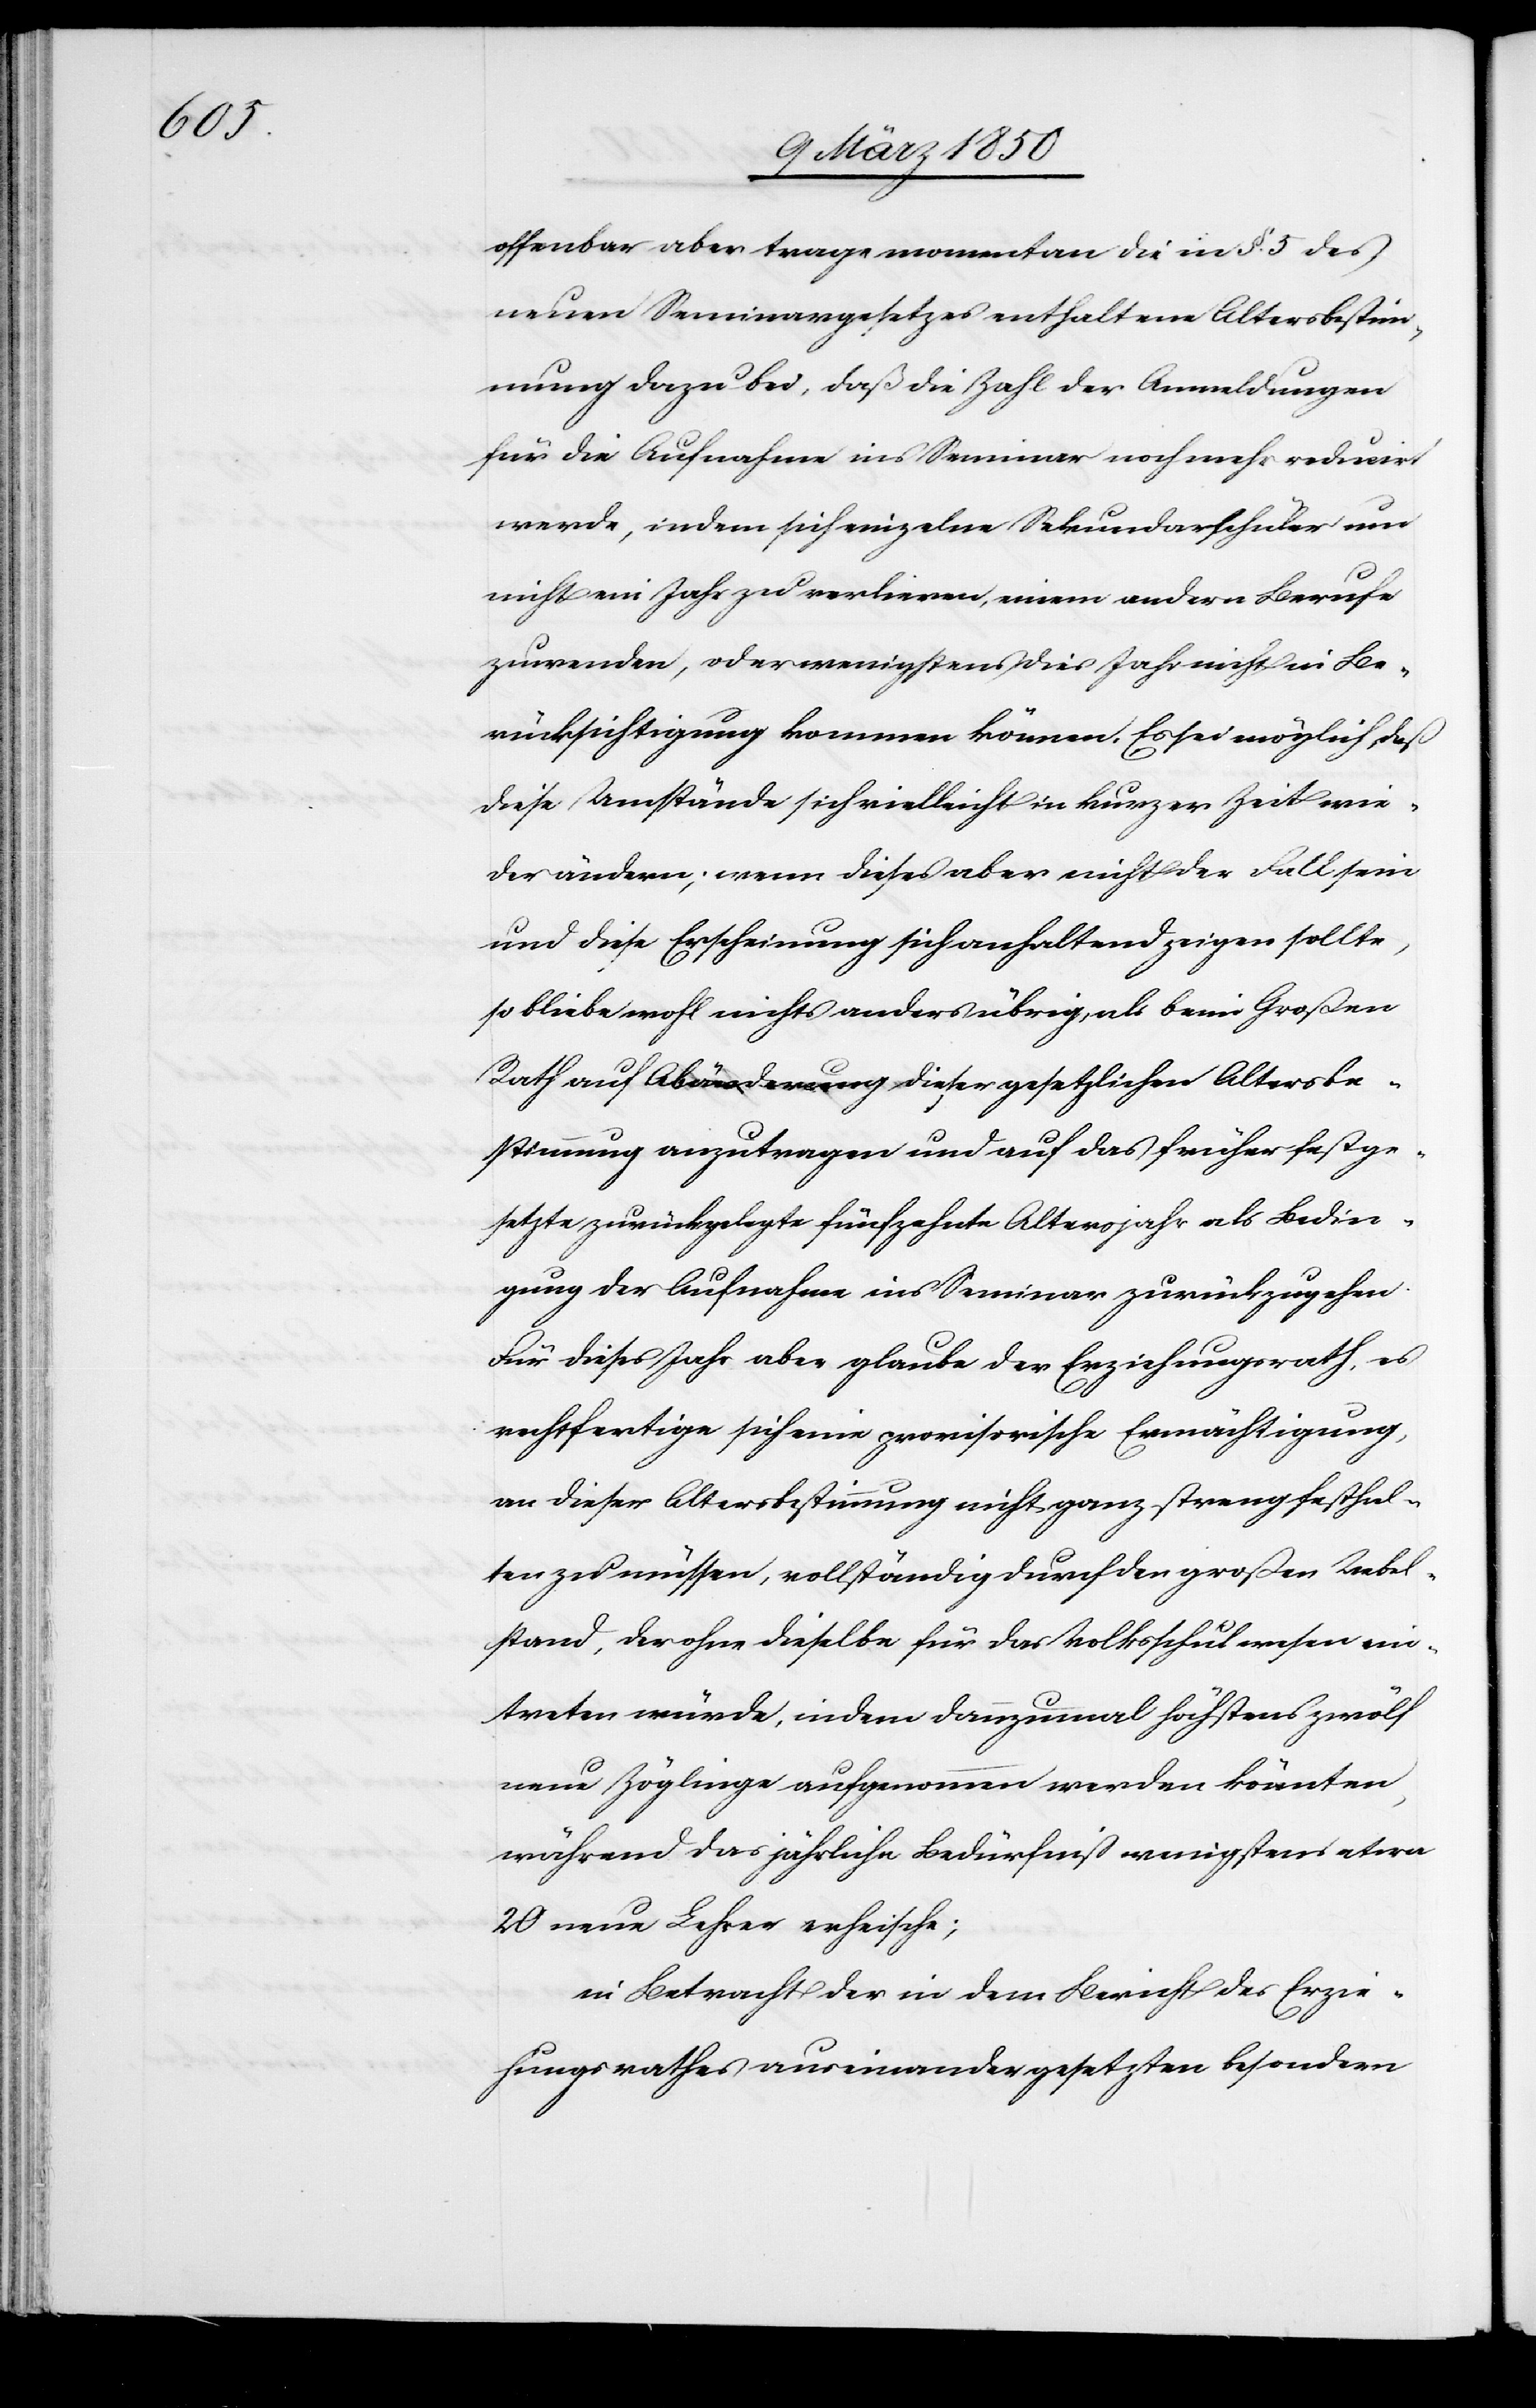
offenbar aber trage momentan die in §. 5 des
neuen Seminargesetzes enthaltene Altersbestim¬
mung dazu bei, daß die Zahl der Anmeldungen
für die Aufnahme ins Seminar noch mehr reducirt
werde, indem sich einzelne Sekundarschüler um
nicht ein Jahr zu verlieren, einem andern Berufe
zuwenden, oder wenigstens dies Jahr nicht in Be¬
rücksichtigung kommen können. Es sei möglich, daß
diese Umstände sich vielleicht in kurzer Zeit wie¬
der ändern; wenn dieses aber nicht der Fall sein
und diese Erscheinung sich anhaltend zeigen sollte,
so bleibe wohl nichts anders übrig, als beim Großen
Rath auf Abänderung dieser gesetzlichen Altersbe¬
stimmung anzutragen und auf das früher festge¬
setzte zurückgelegte fünfzehnte Altersjahr als Bedin¬
gung der Aufnahme ins Seminar zurückzugehen.
Für dieses Jahr aber glaube der Erziehungsrath, es
rechtfertige sich eine provisorische Ermächtigung,
an dieser Altersbestimmung nicht ganz streng festhal¬
ten zu müssen, vollständig durch den großen Uebel¬
stand, der ohne dieselbe für das Volksschulwesen ein¬
treten würde, indem dannzumal höchstens zwölf
neue Zöglinge aufgenommen werden könnten,
während das jährliche Bedürfniß wenigstens etwa
20 neue Lehrer erheische;
in Betracht der in dem Bericht des Erzie¬
hungsrathes auseinandergesetzten besondern